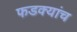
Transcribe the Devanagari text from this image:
फडक्यांच